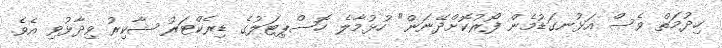
ހިދުމަތް ވެސް އަޅުނގަޑުމެން ފޯރުކޮށްދޭނަން" ހުޅުމާލެ ހޮސްޕިޓަލުގެ ޑިރެކްޓަރު ޝާކިރު ވިދާޅުވި އެވެ.